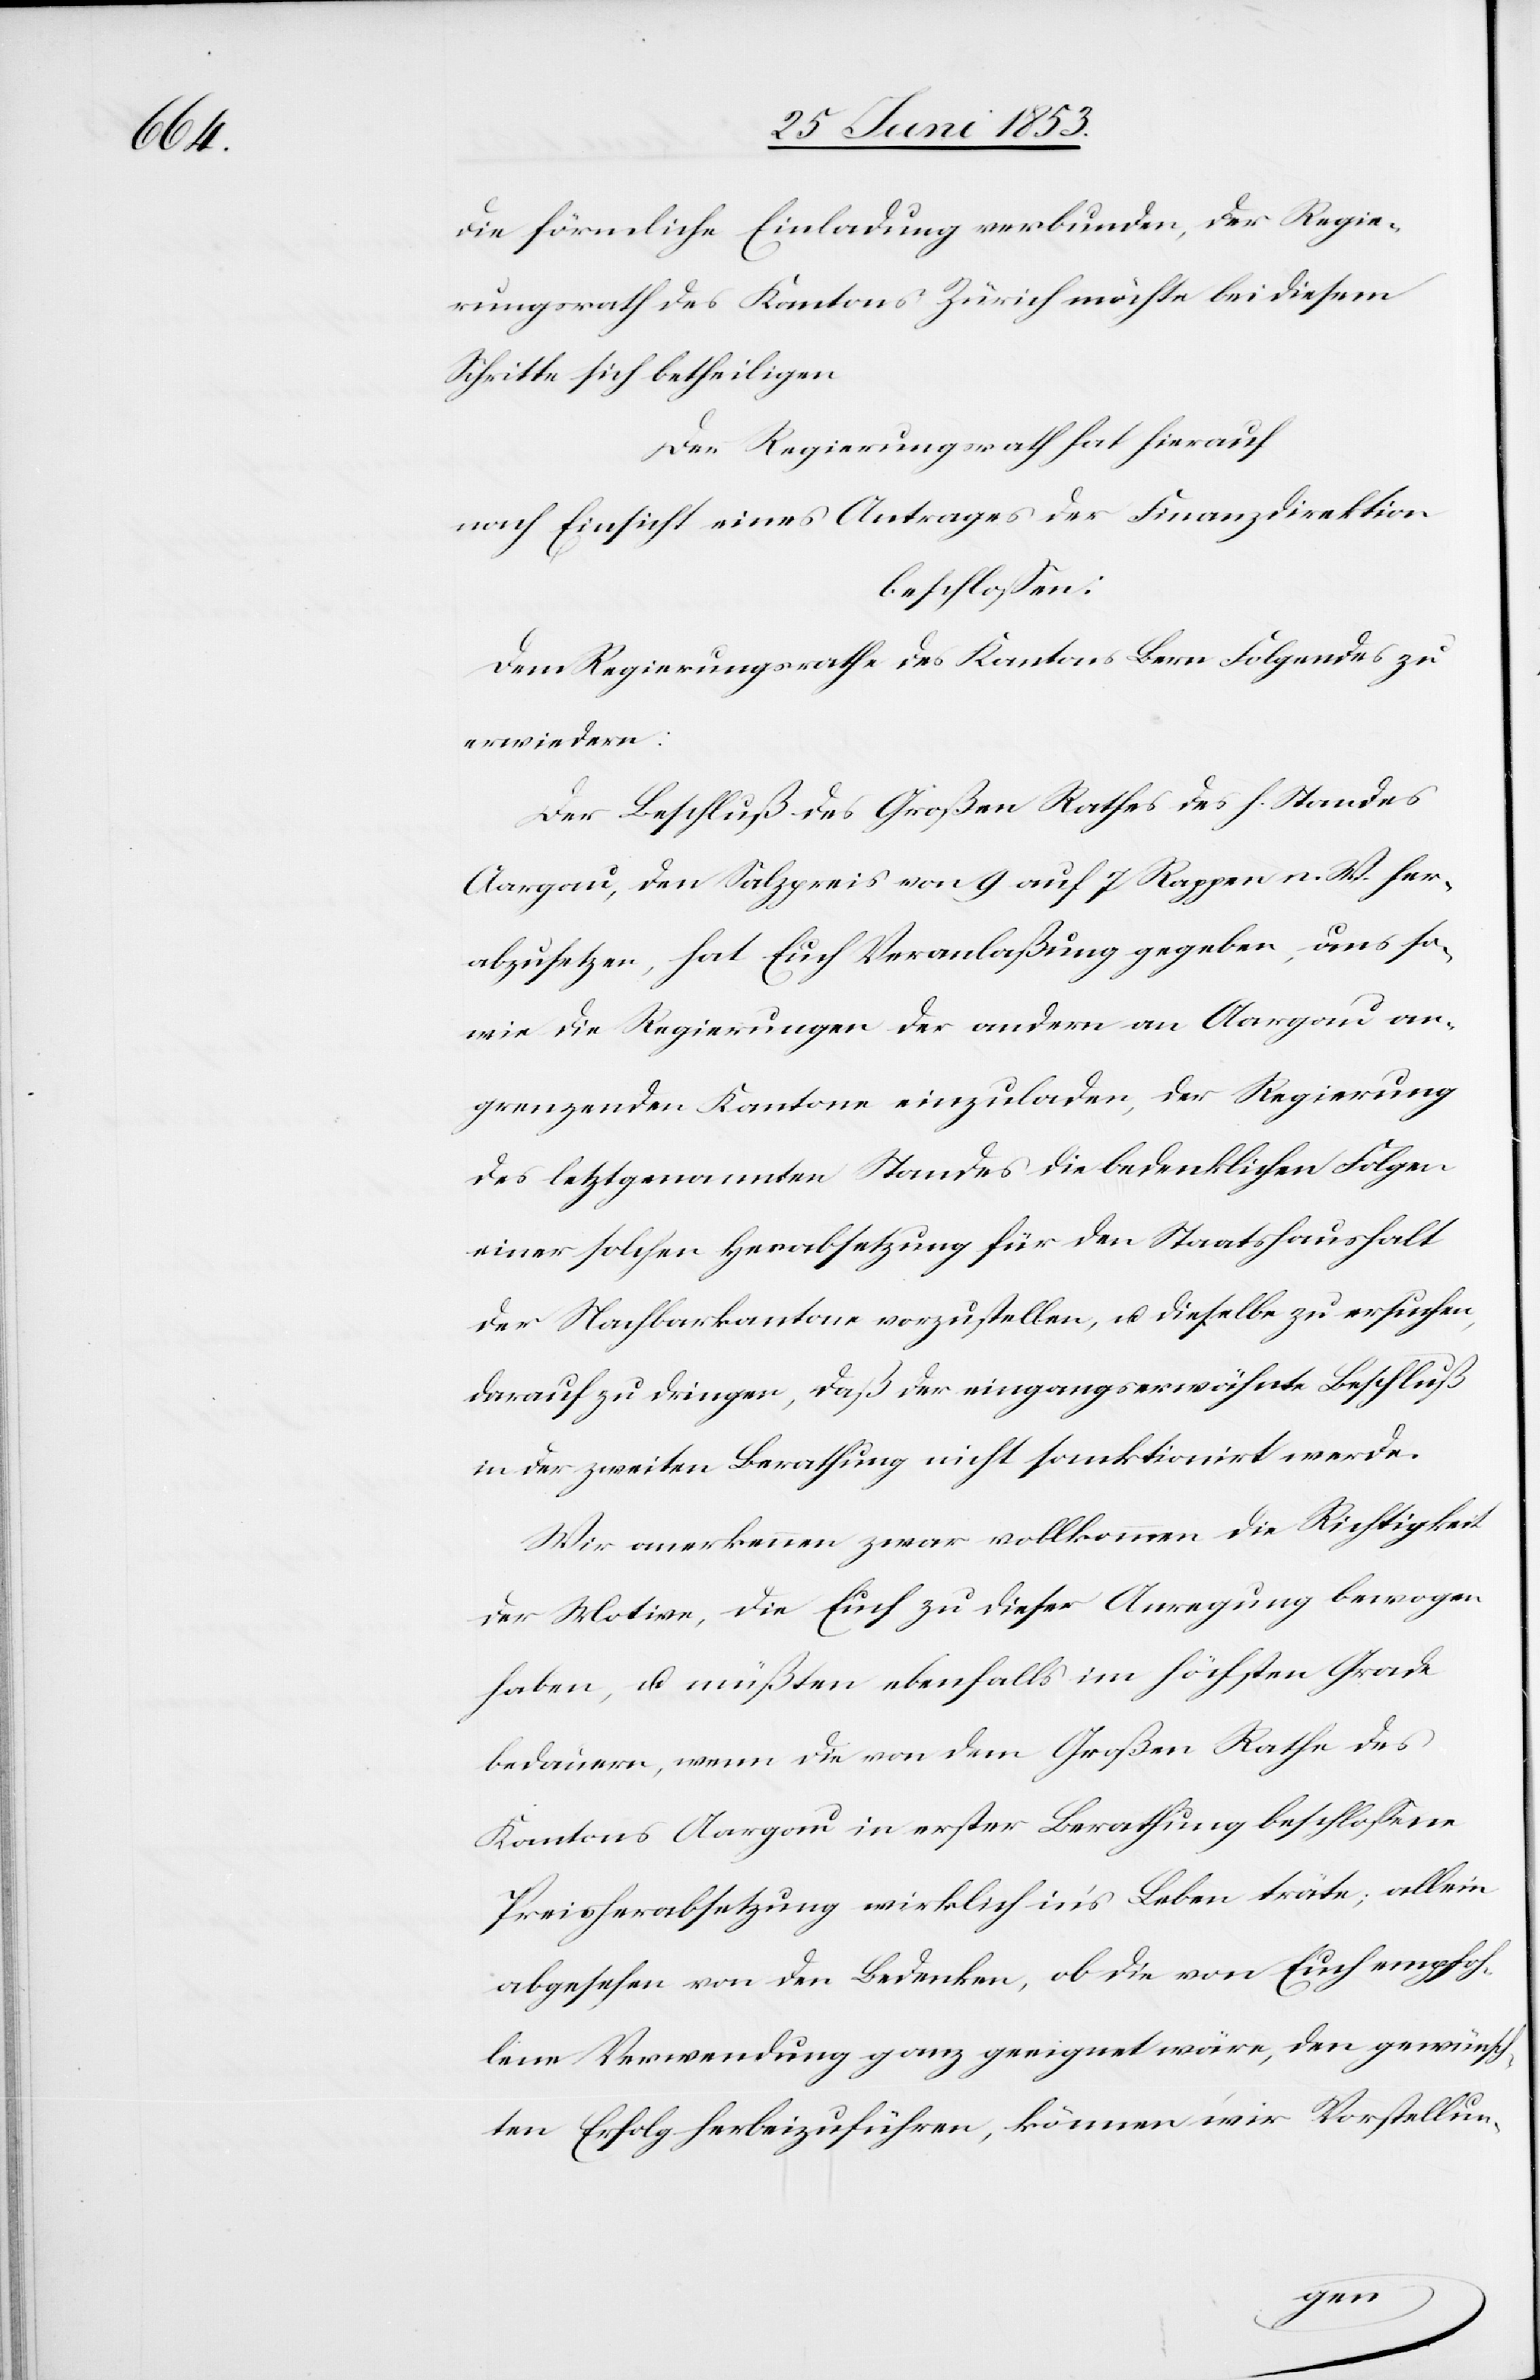
die förmliche Einladung verbunden, der Regie¬
rungsrath des Kantons Zürich möchte bei diesem
Schritte sich betheiligen.
Dem Regierungsrath hat hierauf
nach Einsicht eines Antrages der Finanzdirektion
beschloßen:
Dem Regierungsrathe des Kantons Bern Folgendes zu
erwiedern:
Der Beschluß des Großen Rathes des h. Standes
Aargau, den Salzpreis von 9 auf 7 Rappen n. W. her¬
abzusetzen, hat Euch Veranlaßung gegeben, uns so¬
wie die Regierungen der andern an Aargau an¬
grenzenden Kantone einzuladen, der Regierung
des letztgenannten Standes die bedenklichen Folgen
einer solchen Herabsetzung für den Staatshaushalt
der Nachbarkantone vorzustellen, u. dieselbe zu ersuchen,
darauf zu dringen, daß der eingangserwähnte Beschluß
in der zweiten Berathung nicht sanktioniert werde.
Wir anerkennen zwar vollkommen die Richtigkeit
der Motive, die Euch zu dieser Anregung bewogen
haben, u. müßten ebenfalls im höchsten Grade
bedauern, wenn die von dem Großen Rathe des
Kantons Aargau in erster Berathung beschloßene
Preisherabsetzung wirklich in’s Leben träte, allein
abgesehen von den Bedenken, ob die von Euch empfoh¬
lene Verwendung ganz geeignet wäre, den gewünsch¬
ten Erfolg herbeizuführen, können wir Vorstellun-